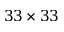
3 3 \times 3 3